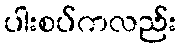
ပါးစပ်ကလည်း